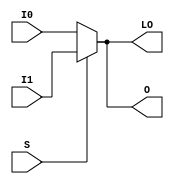
// $Header: /devl/xcs/repo/env/Databases/CAEInterfaces/verunilibs/s/MUXF7_D.v,v 1.9 2003/01/21 01:55:29 wloo Exp $

/*

FUNCTION	: 2 to 1 Multiplexer for Carry Logic

*/

`timescale  100 ps / 10 ps


module MUXF7_D (LO, O, I0, I1, S);

    output LO, O;
    reg    o_out, lo_out;

    input  I0, I1, S;

    buf B1 (O, o_out);
    buf B2 (LO, lo_out);

	always @(I0 or I1 or S) begin
	    if (S)
		o_out <= I1;
	    else
		o_out <= I0;
	end

	always @(I0 or I1 or S) begin
	    if (S)
		lo_out <= I1;
	    else
		lo_out <= I0;
	end

    specify
	(I0 => O) = (0, 0);
	(I1 => O) = (0, 0);
	(S  => O) = (0, 0);
	(I0 => LO) = (0, 0);
	(I1 => LO) = (0, 0);
	(S  => LO) = (0, 0);
    endspecify

endmodule